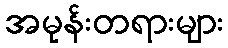
အမုန်းတရားများ